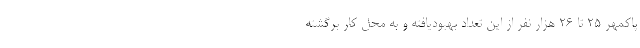
پاکمهر ۲۵ تا ۲۶ هزار نفر از این تعداد بهبودیافته و به محل کار برگشته